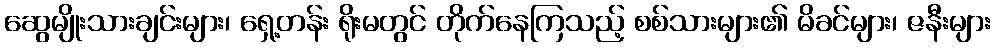
ဆွေမျိုးသားချင်းများ၊ ရှေ့တန်း ရိုးမတွင် တိုက်နေကြသည့် စစ်သားများ၏ မိခင်များ၊ ဇနီးများ